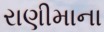
રાણીમાના